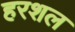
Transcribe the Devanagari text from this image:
हरशल